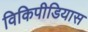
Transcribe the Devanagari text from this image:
विकिपीडियास